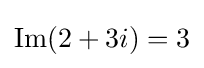
\operatorname {Im} (2+3i)=3